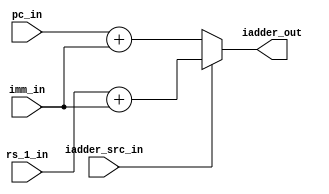
module msrv_32_immediate_adder(input wire  [31:0] rs_1_in,
        		       input wire iadder_src_in,
                               input wire [31:0] imm_in,
			       input wire [31:0]pc_in,
			       output [31:0] iadder_out);


assign iadder_out = iadder_src_in ? (rs_1_in+imm_in) : (pc_in + imm_in);
endmodule